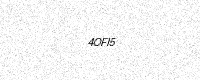
Text: 4OFI5